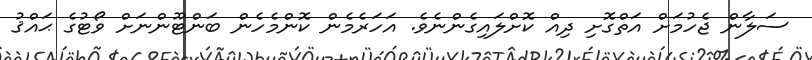
ސަލާން ޖެހުމަށް އަތްގޮށި ދިއް ކޮށްލައިގެންނެވެ. އަހަރެމެން ކޮންމެހެން ބަންޓޫންނަށް ވޯޓުގެ ޙައްޤު